Leaving Certificate Examination, 1922
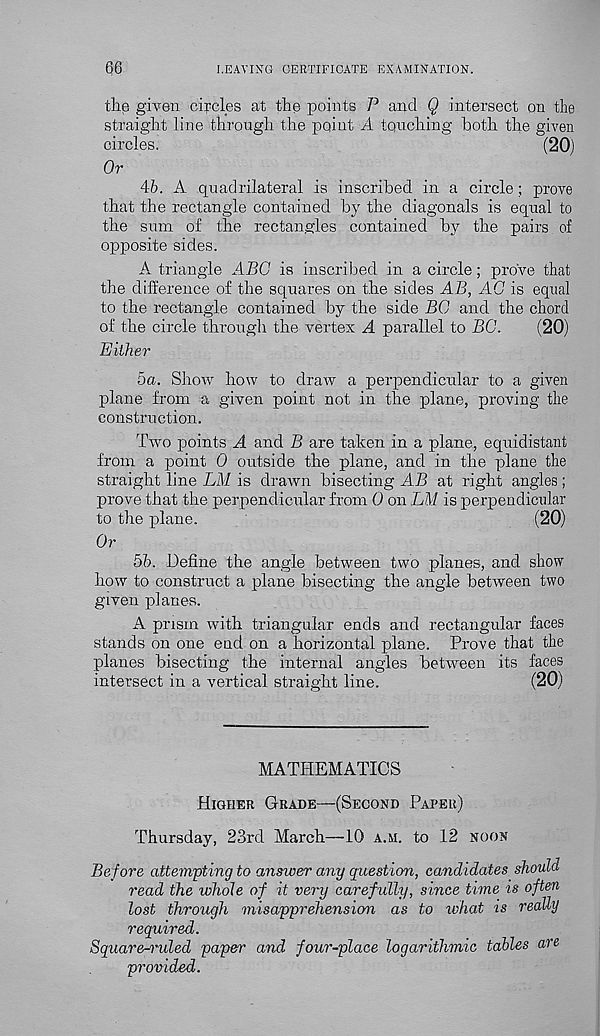
LEAVING CERTIFICATE EXAMINATION.
the given circles at the points P and Q intersect on the
straight line through the point A touching both the given
circles.
(20)
Or
46. A. quadrilateral is inscribed in a circle; prove
that the rectangle contained by the diagonals is equal to
the sum of the rectangles contained by the pairs of
opposite sides.
A triangle ABO is inscribed in a circle; prove that
the difference of the squares on the sides AB, AO is equal
to the rectangle contained by the side BO and the chord
of the circle through the vertex A parallel to BO.
(20)
Either
5a. Show how to draw a perpendicular to a given
plane from a given point not in the plane, proving the
construction.
Two points A and B are taken in a plane, equidistant
from a point 0 outside the plane, and in the plane the
straight line LM is drawn bisecting AB at right angles;
prove that the perpendicular from 0 on LM is perpendicular
to the plane.
(20)
Or
56. Define the angle between two planes, and show
how to construct a plane bisecting the angle between two
given planes.
A prism with triangular ends and rectangular faces
stands on one end on a horizontal plane. Prove that the
planes bisecting the internal angles between its faces
intersect in a vertical straight line.
(20)
MATHEMATICS
Higher Grade—(Second Paper)
Thursday, 23rd March—10 a.m. to 12 noon
Before attempting to answer any question, candidates should
read the whole of it very carefully, since time is often
lost through misapprehension as to what is really
required.
Square-ruled paper and four-place logarithmic tables are
provided.